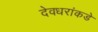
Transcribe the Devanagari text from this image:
देवधरांकडे